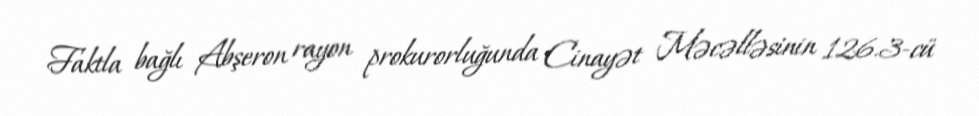
Faktla bağlı Abşeron rayon prokurorluğunda Cinayət Məcəlləsinin 126.3-cü